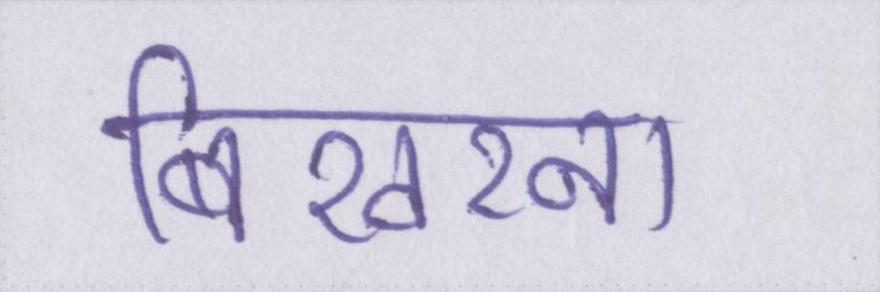
बिखरना